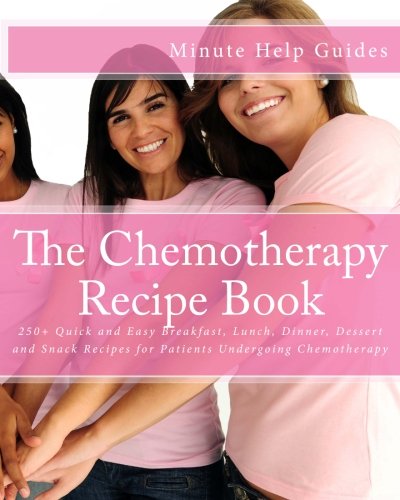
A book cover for The Chemotherapy Recipe Book: 250+ Quick and Easy Breakfast, Lunch, Dinner, Dessert and Snack Recipes for Patients Undergoing Chemotherapy; Minute Help Guides; Cookbooks, Food & Wine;